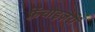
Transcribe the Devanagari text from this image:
फ़्रेंचाइज़रों